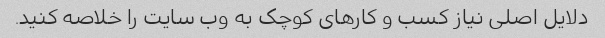
دلایل اصلی نیاز کسب و کارهای کوچک به وب سایت را خلاصه کنید.